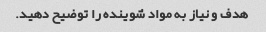
هدف و نیاز به مواد شوینده را توضیح دهید.